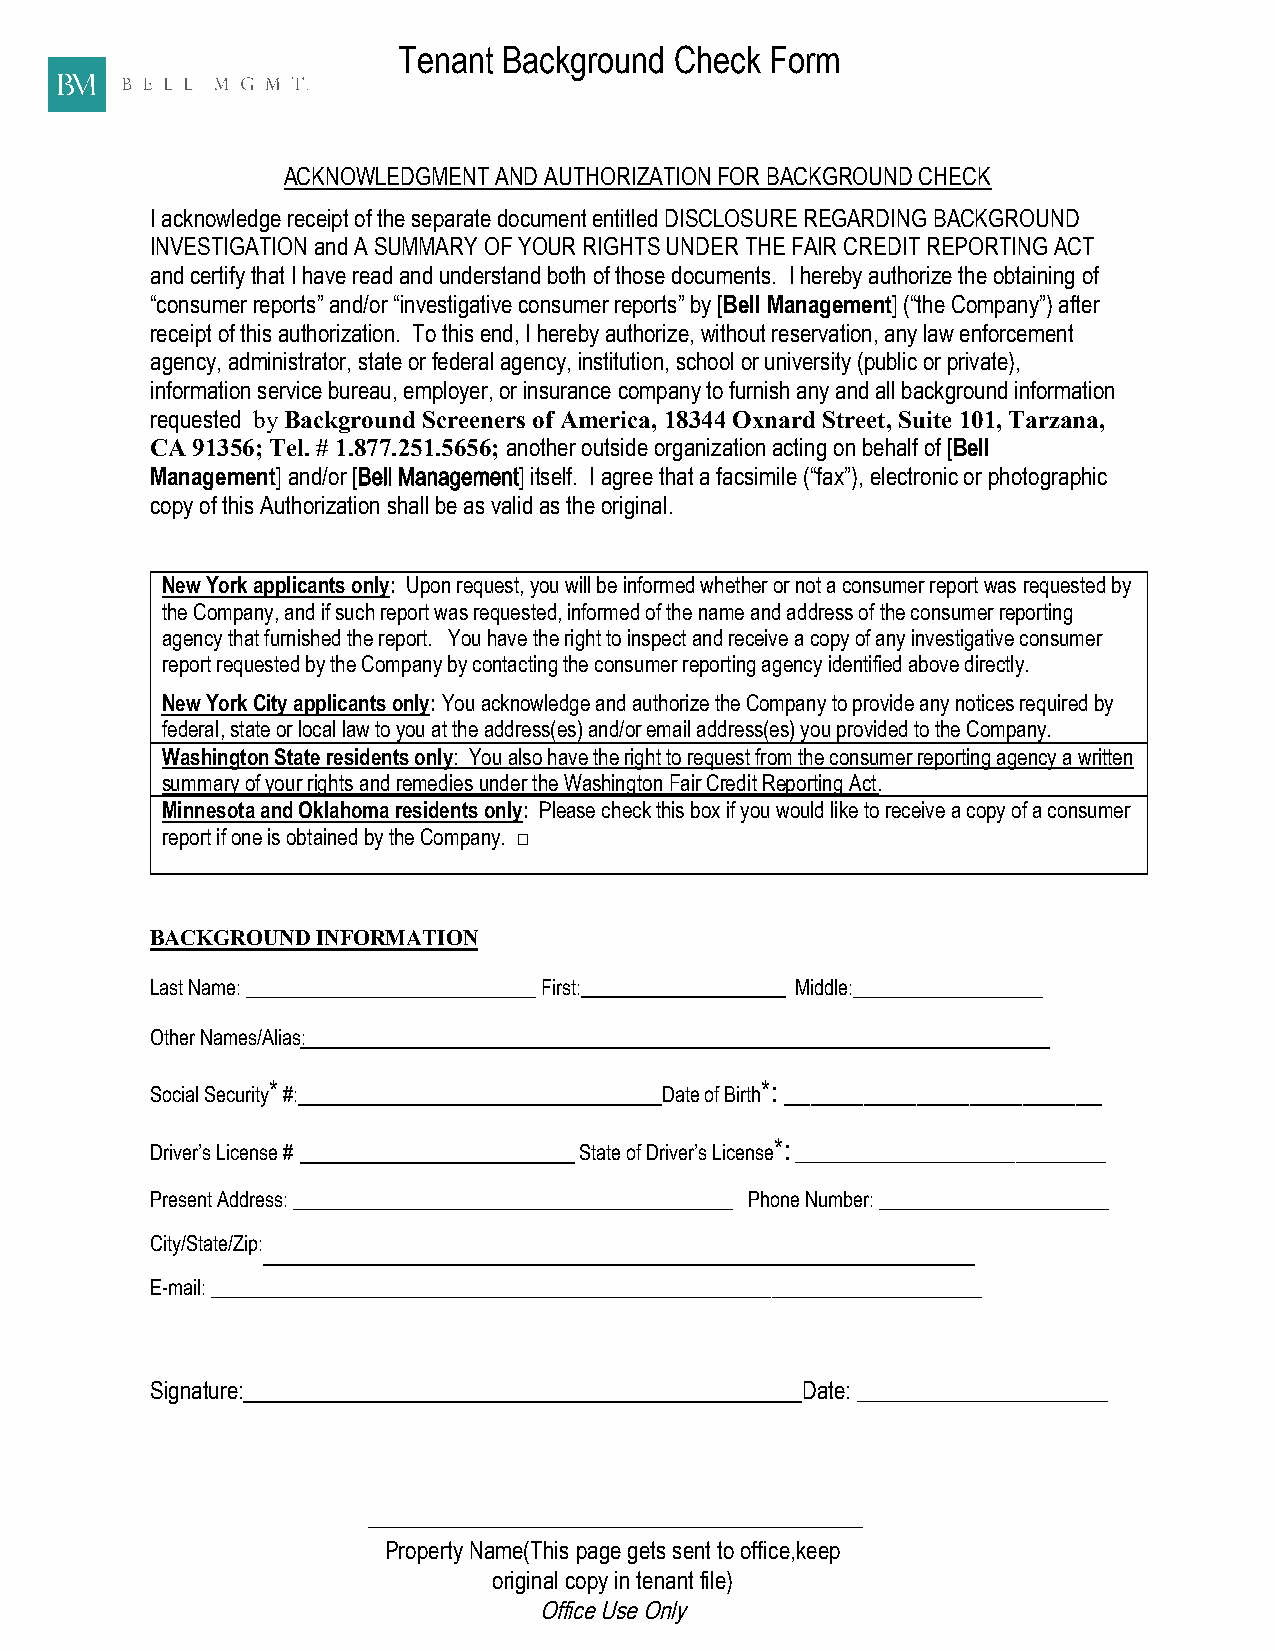
Tenant Background  Check Form
 ACKNOWLEDGMENT AND AUTHORIZATION FOR BACKGROUND CHECK
 I acknowledge receipt of the separate document entitled DISCLOSURE REGARDING BACKGROUND
 INVESTIGATION and A SUMMARY OF YOUR RIGHTS UNDER THE FAIR CREDIT REPORTING ACT
 and certify that I have read and understand both of those documents. I hereby authorize the obtaining of
 “consumer reports” and/or “investigative consumer reports” by [Bell Management] (“the Company”) after
 receipt of this authorization. To this end, I hereby authorize, without reservation, any law enforcement
 agency, administrator, state or federal agency, institution, school or university (public or private),
 information service bureau, employer, or insurance company to furnish any and all background information
 requested by Background Screeners of America, 18344 Oxnard Street, Suite 101, Tarzana,
 CA 91356; Tel. # 1.877.251.5656; another outside organization acting on behalf of [Bell
 Management] and/or [Bell Management] itself. I agree that a facsimile (“fax”), electronic or photographic
 copy of this Authorization shall be as valid as the original.
 New York applicants only: Upon request, you will be informed whether or not a consumer report was requested by
 the Company, and if such report was requested, informed of the name and address of the consumer reporting
 agency that furnished the report. You have the right to inspect and receive a copy of any investigative consumer
 report requested by the Company by contacting the consumer reporting agency identified above directly.
 New York City applicants only: You acknowledge and authorize the Company to provide any notices required by
 federal, state or local law to you at the address(es) and/or email address(es) you provided to the Company.
 Washington State residents only: You also have the right to request from the consumer reporting agency a written
 summary of your rights and remedies under the Washington Fair Credit Reporting Act.
 Minnesota and Oklahoma residents only: Please check this box if you would like to receive a copy of a consumer
 report if one is obtained by the Company. □
 BACKGROUND INFORMATION
 Last Name: _____________________________ First: Middle:___________________
 Other Names/Alias:
 Social Security* #:               Date of Birth*: ________________________
 Driver’s License #          State of Driver’s License*: _______________________________
 Present Address: ____________________________________________ Phone Number: _______________________
 City/State/Zip:
 E-mail: _____________________________________________________________________________
 Signature:                                 Date: ______________________
 ___________________________________________
 Property Name(This page gets sent to office,keep
 original copy in tenant file)
 Office Use Only